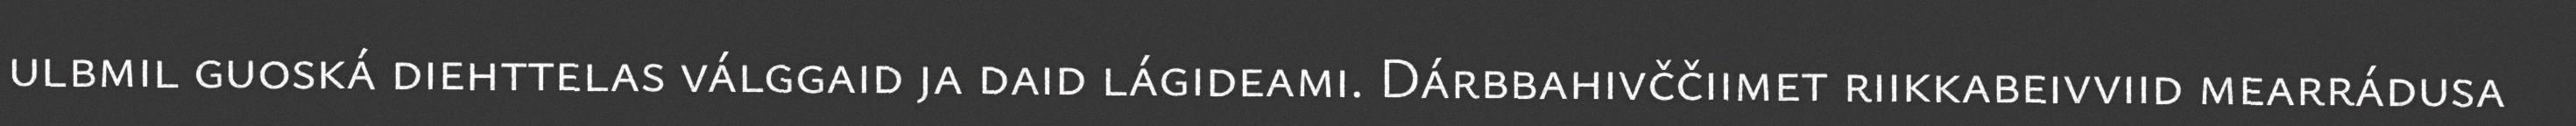
ulbmil guoská diehttelas válggaid ja daid lágideami. Dárbbahivččiimet riikkabeivviid mearrádusa